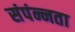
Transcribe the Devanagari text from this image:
संपंन्नता